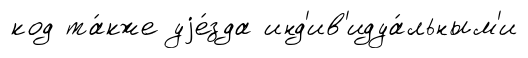
код та́кже уjе́зда инд'ив'идуа́льным'и